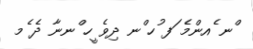
ްނ ެއންމެ ަފ ުހ ްނ ދިވެ ީހ ްނނާ ދެ ެމ